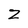
Character: Z